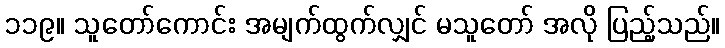
၁၁၉။ သူတော်ကောင်း အမျက်ထွက်လျှင် မသူတော် အလို ပြည့်သည်။